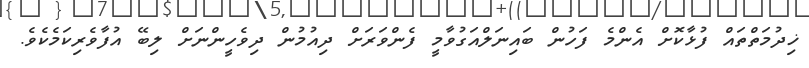
ޚިދުމަތްތައް ފުޅާކޮށް އެންމެ ފަހުން ބައިނަލްއަގުވާމީ ފެންވަރަށް ދިއުމުން ދިވެހީންނަށް ލިބޭ އުފާވެރިކަމެކެވެ.